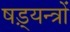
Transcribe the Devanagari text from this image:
षड़्यन्त्रों